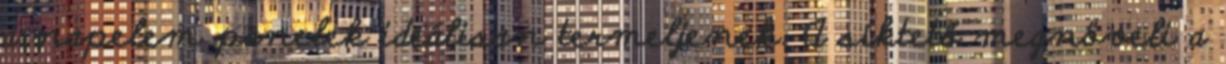
a napelem panelek ideálisan termeljenek. A síktető megnöveli a